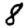
Digit: 8